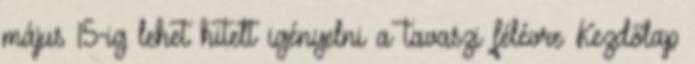
május 15-ig lehet hitelt igényelni a tavaszi félévre Kezdőlap